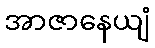
အာဇာနေယျံ